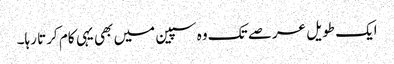
ایک طویل عرصے تک وہ سپین میں بھی یہی کام کرتا رہا۔